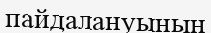
пайдалануының